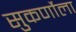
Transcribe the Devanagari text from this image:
सुकर्णोला